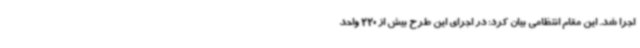
اجرا شد. این مقام انتظامی بیان کرد: در اجرای این طرح بیش از 220 واحد